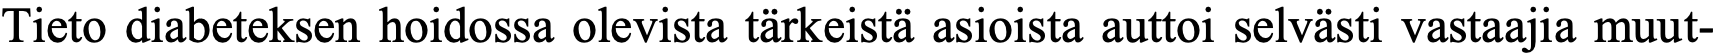
Tieto diabeteksen hoidossa olevista tärkeistä asioista auttoi selvästi vastaajia muut-